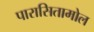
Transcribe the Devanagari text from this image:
पारासितामोल